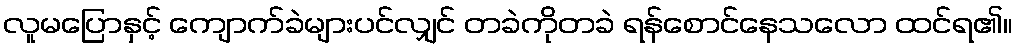
လူမပြောနှင့် ကျောက်ခဲများပင်လျှင် တခဲကိုတခဲ ရန်စောင်နေသလော ထင်ရ၏။